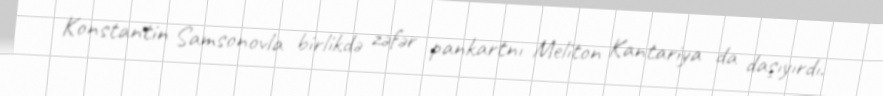
Konstantin Samsonovla birlikdə zəfər pankartnı Meliton Kantariya da daşıyırdı.